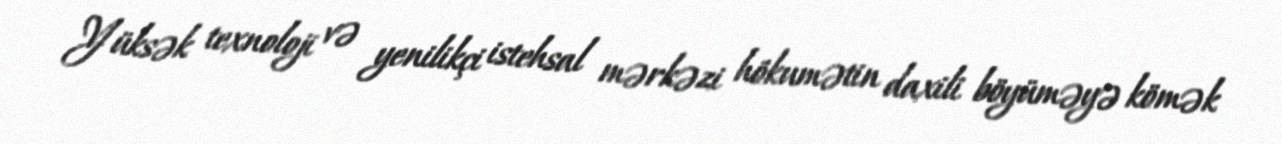
Yüksək texnoloji və yenilikçi istehsal mərkəzi hökumətin daxili böyüməyə kömək